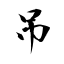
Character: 吊